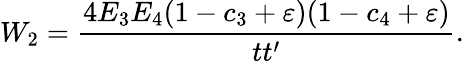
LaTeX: W_{2}=\frac{4E_{3}E_{4}(1-c_{3}+\varepsilon)(1-c_{4}+\varepsilon)}{tt^{\prime}}.